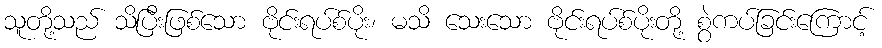
သူတို့သည် သိပြီးဖြစ်သော ဗိုင်းရပ်စ်ပိုး၊ မသိ သေးသော ဗိုင်းရပ်စ်ပိုးတို့ စွဲကပ်ခြင်းကြောင့်